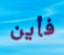
فأين